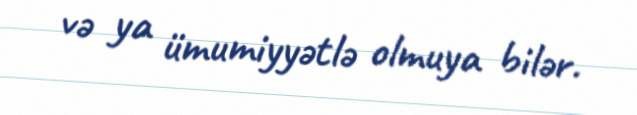
və ya ümumiyyətlə olmuya bilər.